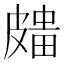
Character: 𥀒